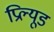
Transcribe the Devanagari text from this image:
प्रिल्यूड